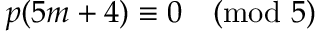
p ( 5 m + 4 ) \equiv 0 { \pmod { 5 } }